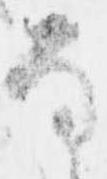
な